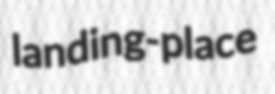
landing-place